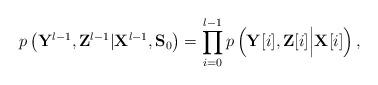
LaTeX: \begin{align*}p\left({\bf{Y}}^{l-1},{\bf{Z}}^{l-1}|{\bf{X}}^{l-1},{\bf S}_0\right) = \prod\limits_{i=0}^{l-1}p\left({\bf{Y}}[i],{\bf{Z}}[i]\Big|{\bf{X}}[i]\right), \end{align*}